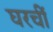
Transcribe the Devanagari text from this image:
घरचीं